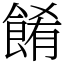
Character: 餚